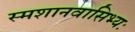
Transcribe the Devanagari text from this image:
स्मशानवासिभ्यः